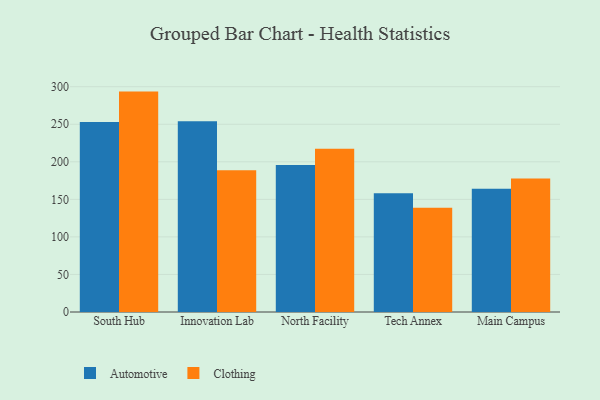
{"axis": {"x": "Campus", "y": "Backlog"}, "legend": ["Automotive", "Clothing"], "data": [{"x": "South Hub", "y": 253.1, "type": "Automotive"}, {"x": "South Hub", "y": 293.5, "type": "Clothing"}, {"x": "Innovation Lab", "y": 253.9, "type": "Automotive"}, {"x": "Innovation Lab", "y": 188.9, "type": "Clothing"}, {"x": "North Facility", "y": 195.6, "type": "Automotive"}, {"x": "North Facility", "y": 217.3, "type": "Clothing"}, {"x": "Tech Annex", "y": 158.2, "type": "Automotive"}, {"x": "Tech Annex", "y": 138.9, "type": "Clothing"}, {"x": "Main Campus", "y": 164.0, "type": "Automotive"}, {"x": "Main Campus", "y": 177.8, "type": "Clothing"}]}